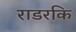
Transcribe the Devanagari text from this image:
राडरकि